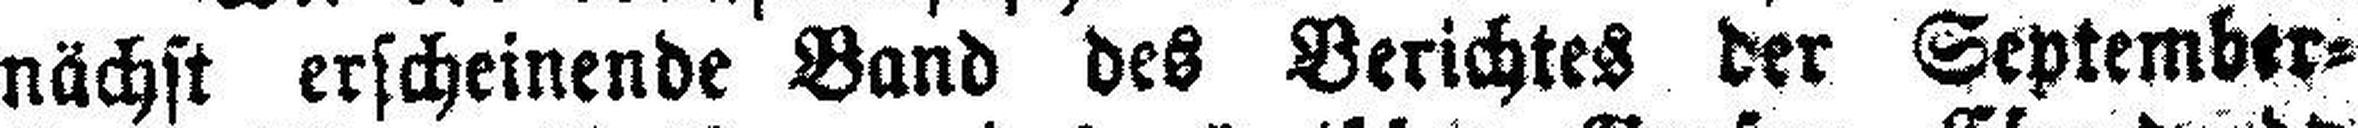
nächst erscheinende Band des Berichtes der September=